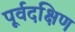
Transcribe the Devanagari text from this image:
पूर्वदक्षिण